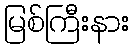
မြစ်ကြီးနား